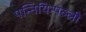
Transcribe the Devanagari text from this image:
पन्नियिन्पल्ली